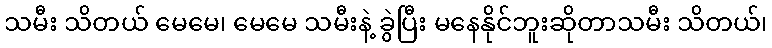
သမီး သိတယ် မေမေ၊ မေမေ သမီးနဲ့ ခွဲပြီး မနေနိုင်ဘူးဆိုတာသမီး သိတယ်၊